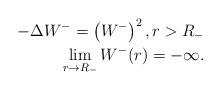
LaTeX: \begin{align*} -\Delta W^-=\left( W^- \right)^2,r>R_-\\ \lim_{r\to R_-} W^-(r)=-\infty. \end{align*}